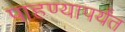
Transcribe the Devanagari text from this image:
पाहण्यापर्यंत